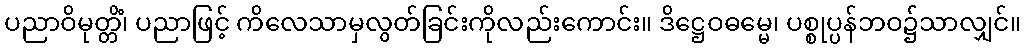
ပညာဝိမုတ္တိံ၊ ပညာဖြင့် ကိလေသာမှလွတ်ခြင်းကိုလည်းကောင်း။ ဒိဋ္ဌေဝဓမ္မေ၊ ပစ္စုပ္ပန်ဘဝ၌သာလျှင်။